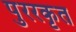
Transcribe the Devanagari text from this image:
पुररकृत